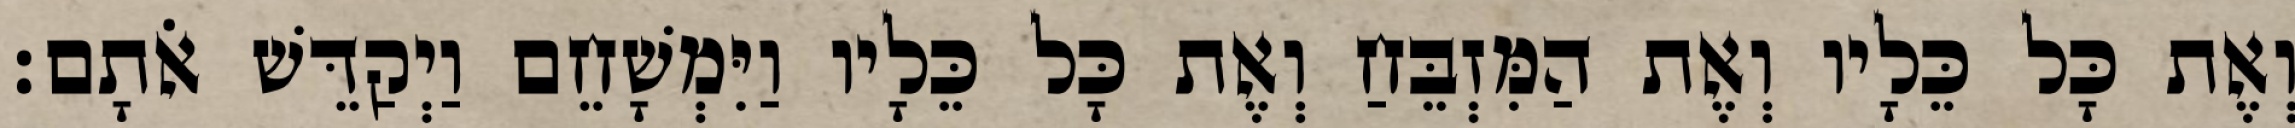
וְאֶת כָּל כֵּלָיו וְאֶת הַמִּזְבֵּחַ וְאֶת כָּל כֵּלָיו וַיִּמְשָׁחֵם וַיְקַדֵּשׁ אֹתָם׃